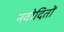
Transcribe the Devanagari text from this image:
नवोदितों